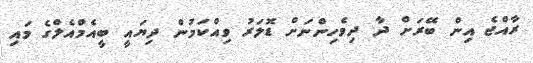
ރާއްޖެ އިން ބޭރަށް ދާ ދިވެހިންނަށް ޑޮލަރު ވިއްކަމުން ދިޔައީ ބީއެމްއެލްގެ މައި